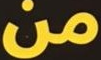
من